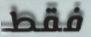
فقط